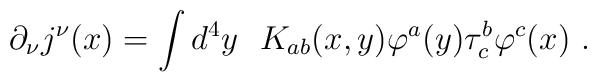
\partial_{\nu} j^{\nu}(x) = \int d^{4}y \ \ K_{ab}(x,y) \varphi^{a}(y)\tau_{c}^{b} \varphi^{c}(x) \ .